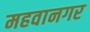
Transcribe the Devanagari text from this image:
महवानगर